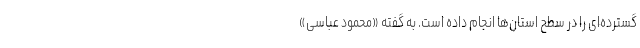
گسترده‌ای را در سطح استان‌ها انجام داده است. به گفته «محمود عباسی»